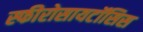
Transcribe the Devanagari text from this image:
स्फीरोसायटॉसिस